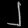
Digit: ၂